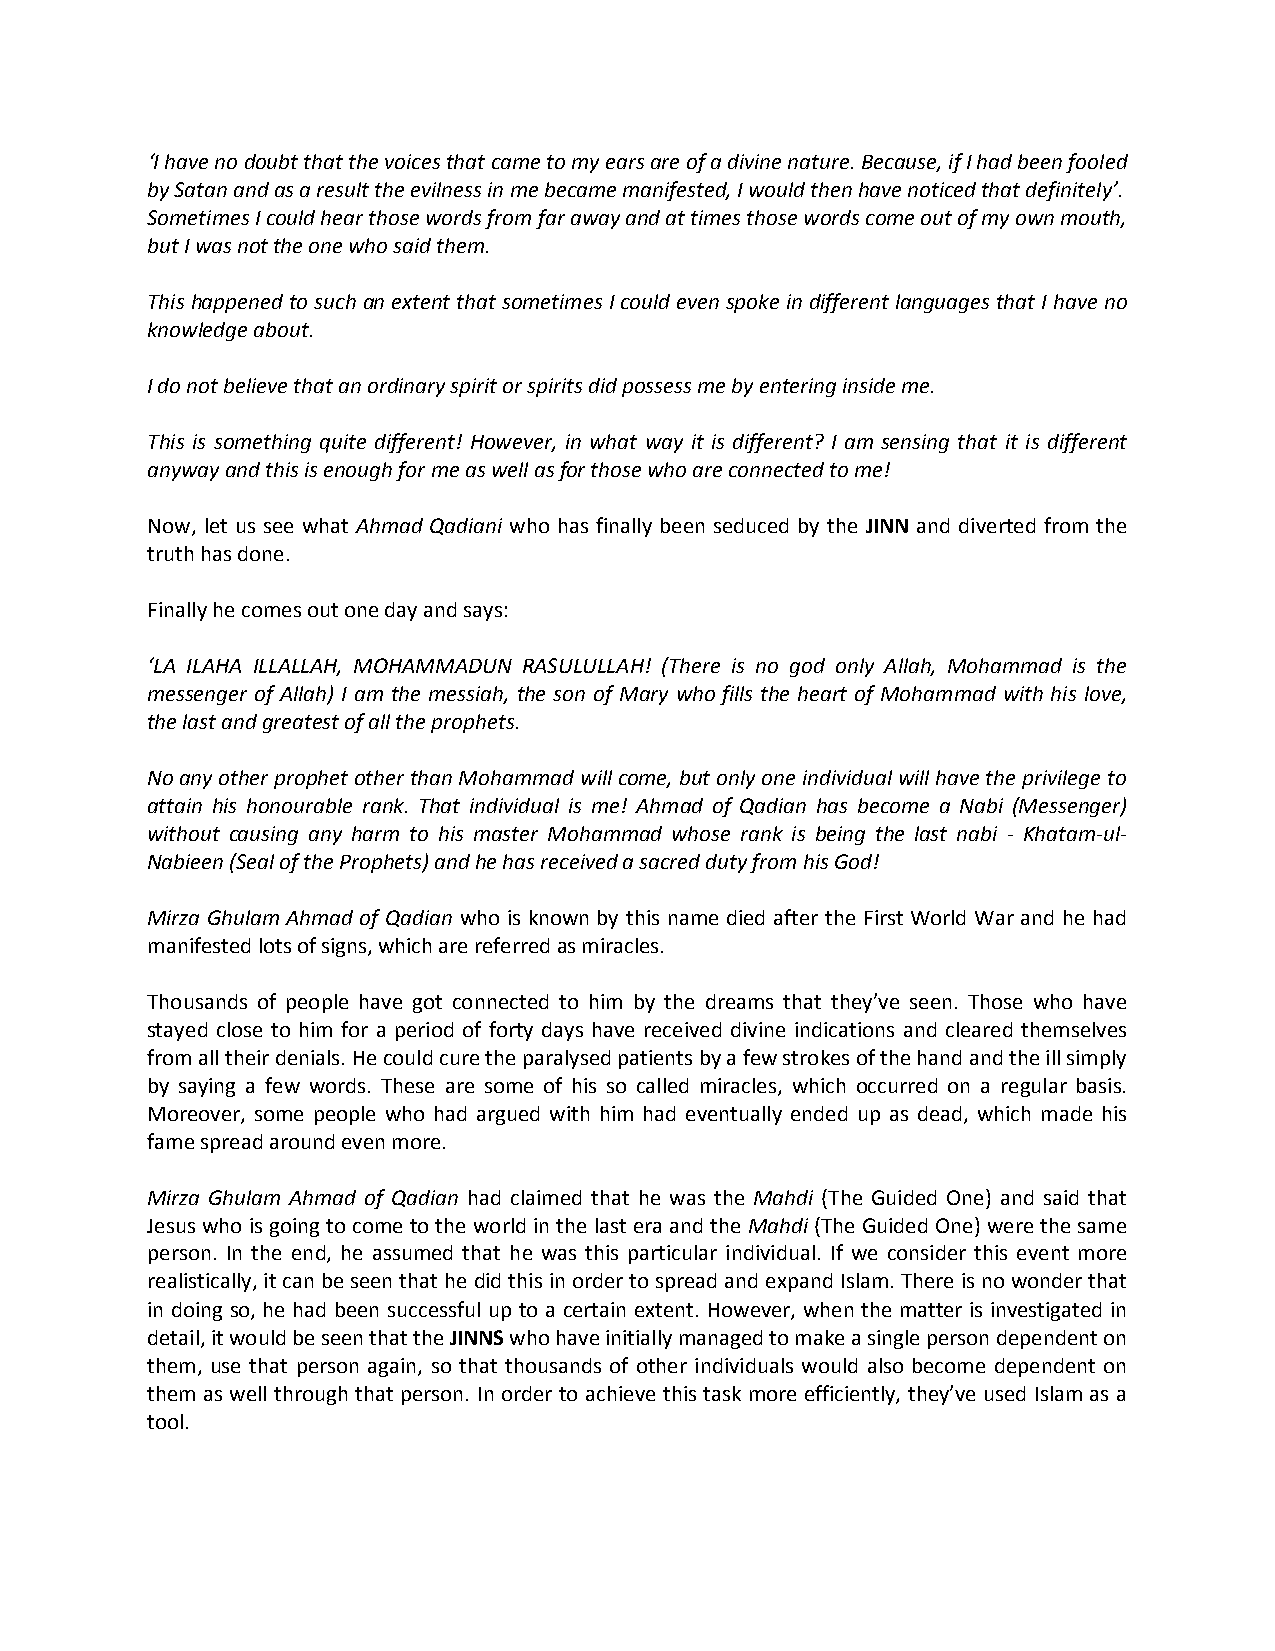
‘I have no doubt that the voices that came to my ears are of a divine nature. Because, if I had been fooled
 by Satan and as a result the evilness in me became manifested, I would then have noticed that definitely’.
 Sometimes I could hear those words from far away and at times those words come out of my own mouth,
 but I was not the one who said them.
 This happened to such an extent that sometimes I could even spoke in different languages that I have no
 knowledge about.
 I do not believe that an ordinary spirit or spirits did possess me by entering inside me.
 This is something quite different! However, in what way it is different? I am sensing that it is different
 anyway and this is enough for me as well as for those who are connected to me!
 Now, let us see what Ahmad Qadiani who has finally been seduced by the JINN and diverted from the
 truth has done.
 Finally he comes out one day and says:
 ‘LA ILAHA ILLALLAH, MOHAMMADUN RASULULLAH! (There is no god only Allah, Mohammad is the
 messenger of Allah) I am the messiah, the son of Mary who fills the heart of Mohammad with his love,
 the last and greatest of all the prophets.
 No any other prophet other than Mohammad will come, but only one individual will have the privilege to
 attain his honourable rank. That individual is me! Ahmad of Qadian has become a Nabi (Messenger)
 without causing any harm to his master Mohammad whose rank is being the last nabi - Khatam-ul-
 Nabieen (Seal of the Prophets) and he has received a sacred duty from his God!
 Mirza Ghulam Ahmad of Qadian who is known by this name died after the First World War and he had
 manifested lots of signs, which are referred as miracles.
 Thousands of people have got connected to him by the dreams that they’ve seen. Those who have
 stayed close to him for a period of forty days have received divine indications and cleared themselves
 from all their denials. He could cure the paralysed patients by a few strokes of the hand and the ill simply
 by saying a few words. These are some of his so called miracles, which occurred on a regular basis.
 Moreover, some people who had argued with him had eventually ended up as dead, which made his
 fame spread around even more.
 Mirza Ghulam Ahmad of Qadian had claimed that he was the Mahdi (The Guided One) and said that
 Jesus who is going to come to the world in the last era and the Mahdi (The Guided One) were the same
 person. In the end, he assumed that he was this particular individual. If we consider this event more
 realistically, it can be seen that he did this in order to spread and expand Islam. There is no wonder that
 in doing so, he had been successful up to a certain extent. However, when the matter is investigated in
 detail, it would be seen that the JINNS who have initially managed to make a single person dependent on
 them, use that person again, so that thousands of other individuals would also become dependent on
 them as well through that person. In order to achieve this task more efficiently, they’ve used Islam as a
 tool.